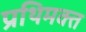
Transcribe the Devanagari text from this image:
प्रथिमक्त